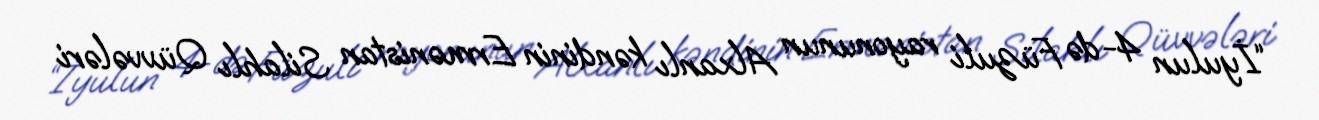
“İyulun 4-də Füzuli rayonunun Alxanlı kəndinin Ermənistan Silahlı Qüvvələri